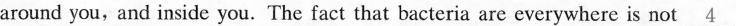
around you,and inside you.The fact that bacteria are everywhere is not \underline{4}